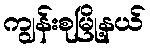
ကျွန်းစုမြို့နယ်